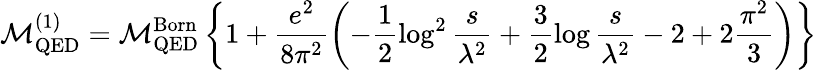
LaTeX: {\cal M}_{\mathrm{QED}}^{(1)}={\cal M}_{\mathrm{QED}}^{\mathrm{Born}}\left\{ 1+\frac{e^{2}}{8\pi^{2}}\left(-\frac{1}{2}\log^{2}\frac{s}{\lambda^{2}}+\frac{3}{2}\log\frac{s}{\lambda^{2}}-2+2\frac{\pi^{2}}{3}\right)\right\}